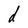
Character: d